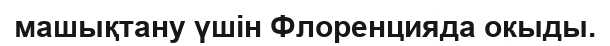
машықтану үшін Флоренцияда окыды.